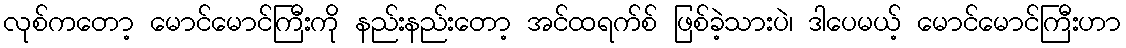
လုစ်ကတော့ မောင်မောင်ကြီးကို နည်းနည်းတော့ အင်ထရက်စ် ဖြစ်ခဲ့သားပဲ၊ ဒါပေမယ့် မောင်မောင်ကြီးဟာ